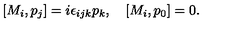
[ M _ { i } , p _ { j } ] = i \epsilon _ { i j k } p _ { k } , \quad [ M _ { i } , p _ { 0 } ] = 0 .